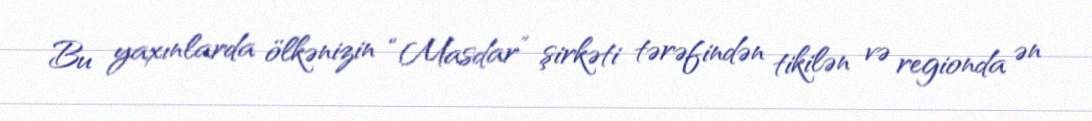
Bu yaxınlarda ölkənizin “Masdar” şirkəti tərəfindən tikilən və regionda ən